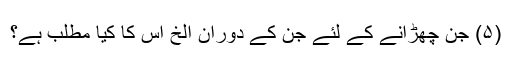
(۵) جن چھڑانے کے لئے جن کے دوران الخ اس کا کیا مطلب ہے؟